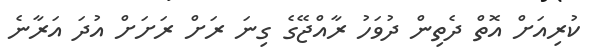
ކުރިއަށް އޮތް ދެތިން ދުވަހު ރާއްޖޭގެ ގިނަ ރަށް ރަށަށް އުދަ އަރާނެ